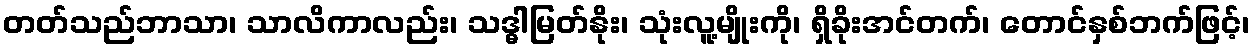
တတ်သည်ဘာသာ၊ သာလိကာလည်း၊ သဒ္ဓါမြတ်နိုး၊ သုံးလူ့မျိုးကို၊ ရှိခိုးအင်တက်၊ တောင်နှစ်ဘက်ဖြင့်၊